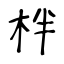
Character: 柈